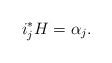
LaTeX: \begin{align*}i_j^*H=\alpha_j.\end{align*}